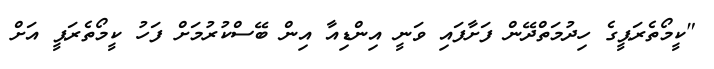
"ކީމޯތެރަޕީގެ ހިދުމަތްދޭން ފަށާފައި ވަނީ އިންޑިއާ އިން ބޭސްކުރުމަށް ފަހު ކީމޯތެރަޕީ އަށް